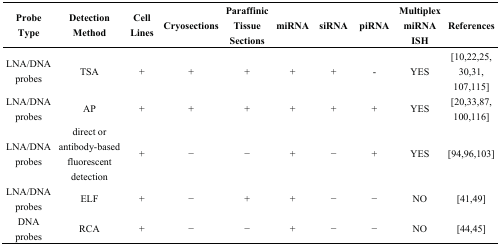
| Probe Type | Detection Method | Cell Lines | Cryosections | Paraffinic Tissue Sections | miRNA | siRNA | piRNA | Multiplex miRNA ISH | References |
 | --- | --- | --- | --- | --- | --- | --- | --- | --- | --- |
 | LNA/DNA probes | TSA | + | + | + | + | + | - | YES | [10,22,25,30,31,107,115] |
 | LNA/DNA probes | AP | + | + | + | + | + | + | YES | [20,33,87,100,116] |
 | LNA/DNA probes | direct or antibody-based fluorescent detection | + | − | − | + | − | + | YES | [94,96,103] |
 | LNA/DNA probes | ELF | + | − | + | + | − | − | NO | [41,49] |
 | DNA probes | RCA | + | − | − | + | − | − | NO | [44,45] |